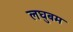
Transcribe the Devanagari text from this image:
लघुबम